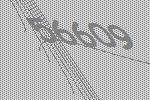
56609